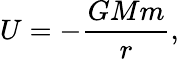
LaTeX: U=-{\frac{GMm}{r}},